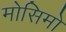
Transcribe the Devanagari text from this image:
मोसिमो